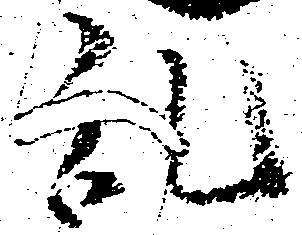
乱